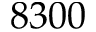
8 3 0 0